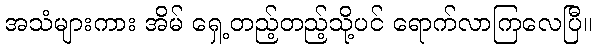
အသံများကား အိမ် ရှေ့တည့်တည့်သို့ပင် ရောက်လာကြလေပြီ။